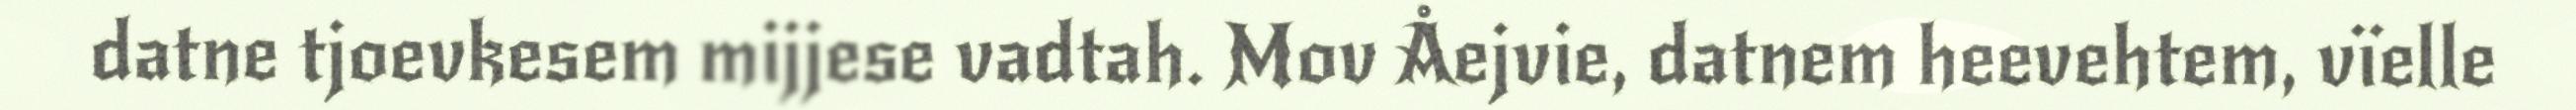
datne tjoevkesem mijjese vadtah. Mov Åejvie, datnem heevehtem, vïelle